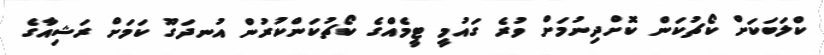
ކްލަބަކަށް ކޯޗުކަން ކޮށްދިނުމަށް ވުރެ ގައުމީ ޓީމެއްގެ ކޯޗުކަންކުރުން އުނދަގޫ ކަމަށް ރަޝިއާގެ